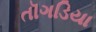
તૉગડિયા